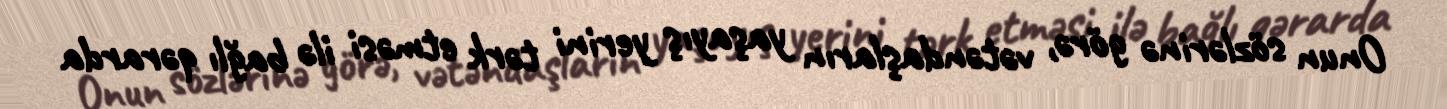
Onun sözlərinə görə, vətəndaşların yaşayış yerini tərk etməsi ilə bağlı qərarda